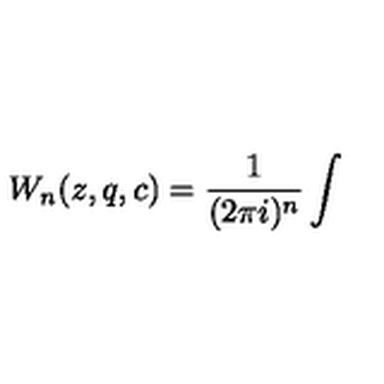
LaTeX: W _ { n } ( z , q , c ) = \frac { 1 } { ( 2 \pi i ) ^ { n } } \int